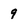
Character: 9